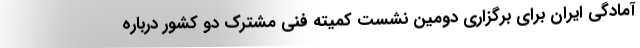
آمادگی ایران برای برگزاری دومین نشست کمیته فنی مشترک دو کشور درباره